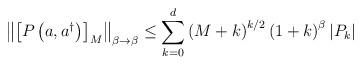
LaTeX: \begin{align*}\left\Vert \left[ P\left( a,a^{\dag}\right) \right] _{M}\right\Vert_{\beta\rightarrow\beta}\leq\sum_{k=0}^{d}\left( M+k\right) ^{k/2}\left(1+k\right) ^{\beta}\left\vert P_{k}\right\vert \end{align*}